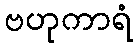
ဗဟုကာရံ